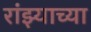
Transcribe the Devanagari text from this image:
रांझ्याच्या